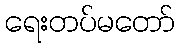
ရေးတပ်မတော်